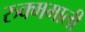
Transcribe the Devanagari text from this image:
रुक्ममाली